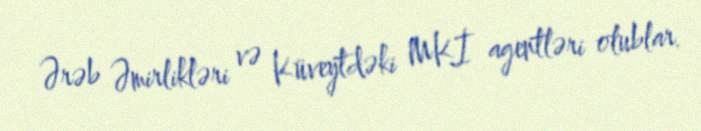
Ərəb Əmirlikləri və Küveytdəki MKİ agentləri olublar.